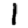
Digit: 1